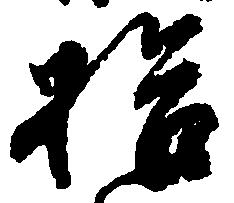
拾